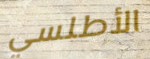
الأطلسي